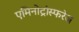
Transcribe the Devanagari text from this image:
एमिनोट्रांस्फरेज